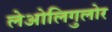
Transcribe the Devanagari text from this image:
लेओलिगुलोर